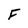
Character: F